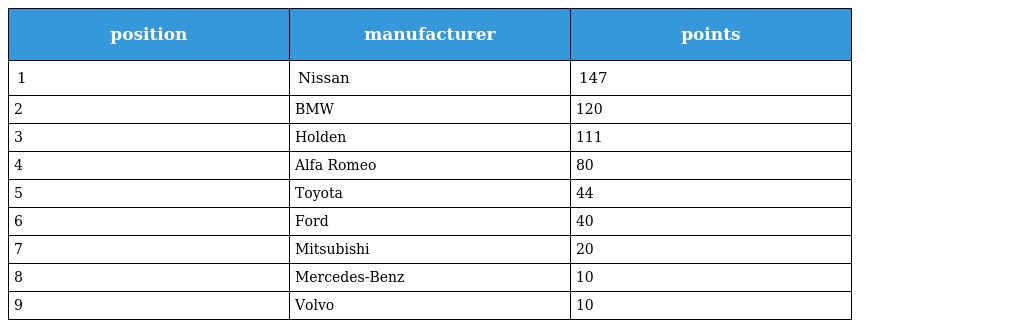
| position | manufacturer | points |
 | --- | --- | --- |
 | 1 | Nissan | 147 |
 | 2 | BMW | 120 |
 | 3 | Holden | 111 |
 | 4 | Alfa Romeo | 80 |
 | 5 | Toyota | 44 |
 | 6 | Ford | 40 |
 | 7 | Mitsubishi | 20 |
 | 8 | Mercedes-Benz | 10 |
 | 9 | Volvo | 10 |